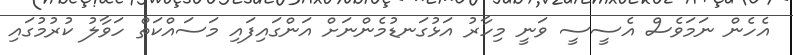
އެހެން ނަމަވެސް އެސީސީ ވަނީ މިހާރު އަޅުގަނޑުމެންނަށް އަންގައިފައި މަސައްކަތް ހަވާލު ކުރުމުގައި